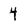
Character: 4